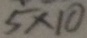
5 \times 1 0